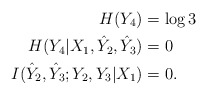
\begin{align*}H(Y_4)&=\log 3 \\H(Y_4|X_1,\hat{Y}_2,\hat{Y}_3)&=0 \\I(\hat{Y}_2,\hat{Y}_3;Y_2,Y_3|X_1)&=0. \end{align*}